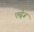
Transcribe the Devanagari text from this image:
एस्ट्वेज़